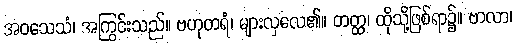
အဝသေသံ၊ အကြွင်းသည်။ ဗဟုတရံ၊ များလှလေ၏။ တတ္ထ၊ ထိုသို့ဖြစ်ရာ၌။ ဗာလာ၊